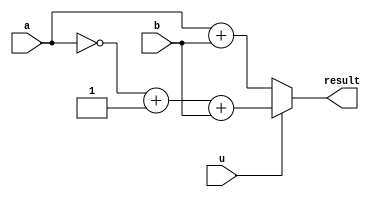
module function_g(
    input   [20:0]   a,
    input   [20:0]   b,
    input            u,
    output  [20:0]   result
);
assign result = (u)? (~a+1)+b: a+b;

endmodule

// a_r[i] = {{9{alpha_0_r[i][11]}}, alpha_0_r[i]};
// b_r[i] = {{9{alpha_0_r[i+(512>>(level_r))][11]}}, alpha_0_r[i+(512>>(level_r))]};
// u_r[i] = beta_r[level_r][level_idx_r[level_r]+i-(512>>(level_r))];
// alpha_1_w[i] = result2[i]